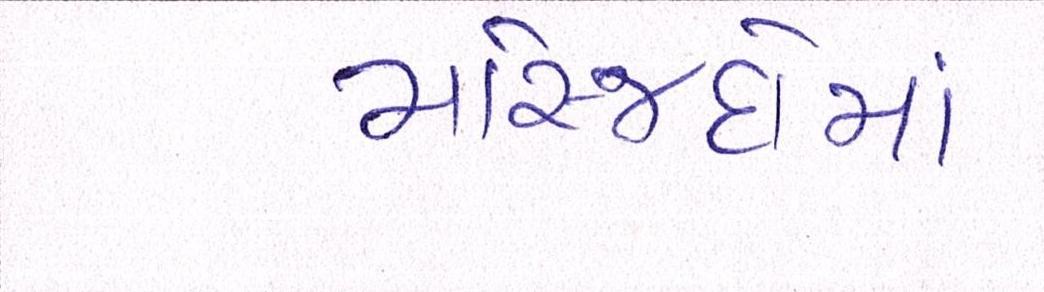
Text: મસ્જિદોમાં